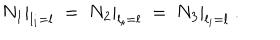
N _ { 1 } | _ { l _ { i } = l } ~ = ~ N _ { 2 } | _ { l _ { i } = l } { } ~ = ~ N _ { 3 } | _ { l _ { i } = l } ~ .